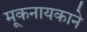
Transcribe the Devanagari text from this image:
मूकनायकाने